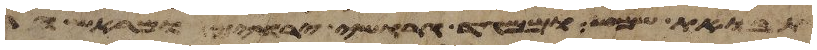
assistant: תבואת שמש וממגד גרושי ירחים ומראש הרי